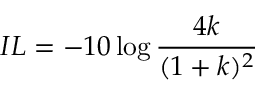
I L = - 1 0 \log \frac { 4 k } { ( 1 + k ) ^ { 2 } }